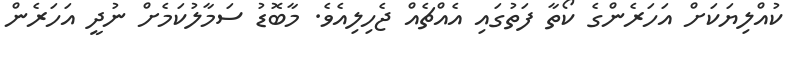
ކުއްލިޔަކަށް އަހަރެންގެ ކޯތާ ފަތުގައި އެއްޗެއް ޖެހިލިއެވެ. މާބޮޑު ސަމާލުކަމެށް ނުދީ އަހަރެން